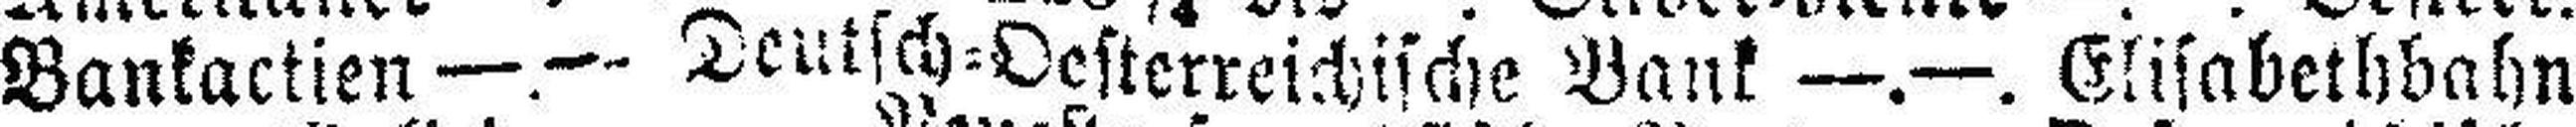
Bankactien —.— Deutsch=Oesterreichische Bank —.—. Elisabethbahn